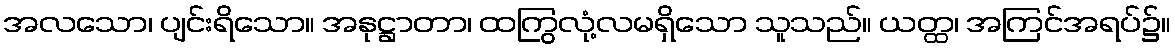
အလသော၊ ပျင်းရိသော။ အနုဋ္ဌာတာ၊ ထကြွလုံ့လမရှိသော သူသည်။ ယတ္ထ၊ အကြင်အရပ်၌။